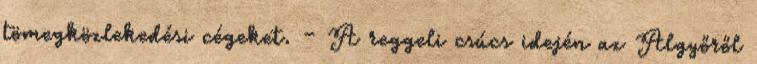
tömegközlekedési cégeket. – A reggeli csúcs idején az Algyőről